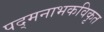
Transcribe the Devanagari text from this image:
पद्मनाभकविकृत